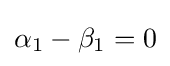
\alpha _{1}-\beta _{1}=0